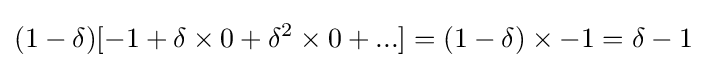
(1-\delta )[-1+\delta \times 0+\delta ^{2}\times 0+...]=(1-\delta )\times -1=\delta -1